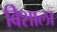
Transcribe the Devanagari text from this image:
विेशाला